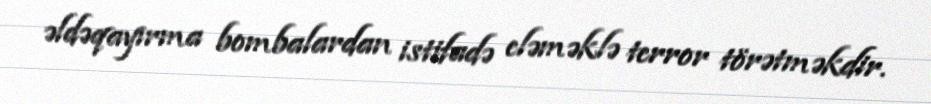
əldəqayırma bombalardan istifadə eləməklə terror törətməkdir.